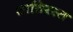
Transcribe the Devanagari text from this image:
शातिरस्त